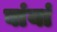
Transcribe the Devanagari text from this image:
बांयां